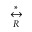
\overset { * } { \underset { R } { \leftrightarrow } }